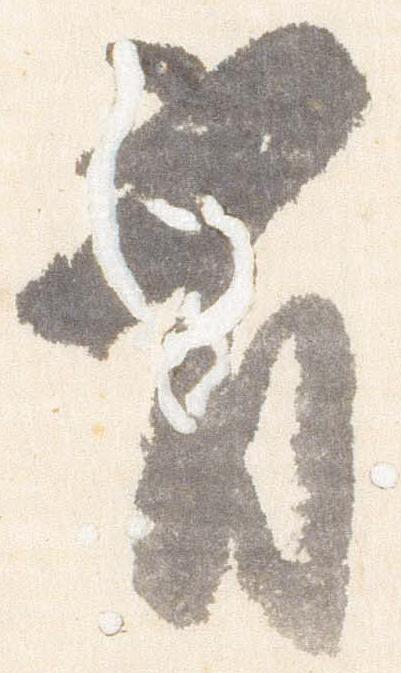
有